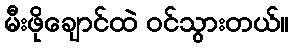
မီးဖိုချောင်ထဲ ဝင်သွားတယ်။